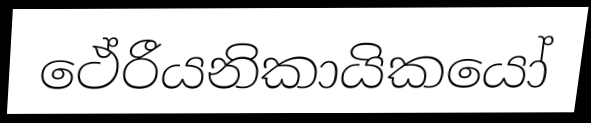
ථේරීයනිකායිකයෝ